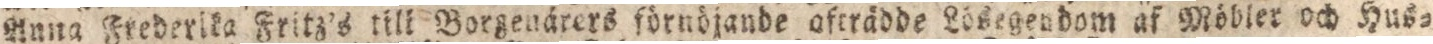
Anna Frederlda Fritz’s till Borgenärers förnöjande afträdde Lösegendom af Möbler och Hus=